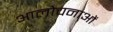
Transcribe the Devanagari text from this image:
आलोचनाआें